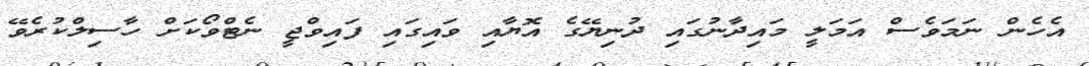
އެހެން ނަމަވެސް އަމަލީ މައިދާނުގައި ދުނިޔޭގެ އޮޔާއި ވައިގައި ފައިވްޖީ ނެޓްވޯކަށް ހާސިލްކުރެވޭ